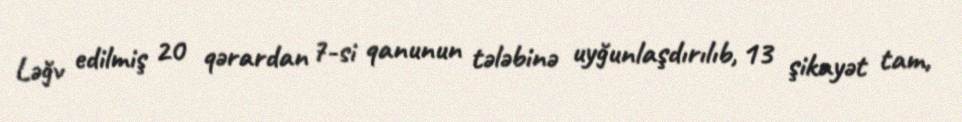
Ləğv edilmiş 20 qərardan 7-si qanunun tələbinə uyğunlaşdırılıb, 13 şikayət tam,